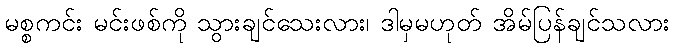
မစ္စကင်း မင်းဖစ်ကို သွားချင်သေးလား၊ ဒါမှမဟုတ် အိမ်ပြန်ချင်သလား